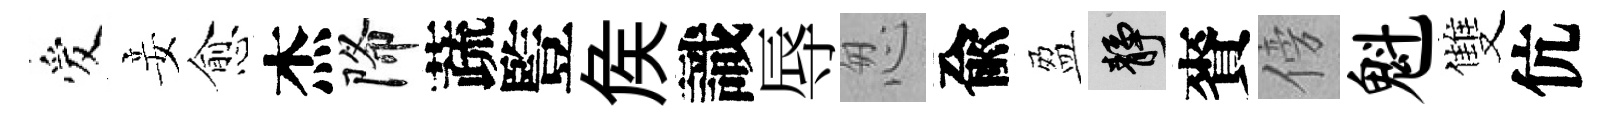
爱妾愈杰降蔬䜿矦識辱怱兪盈靜賚傍魁雙伉